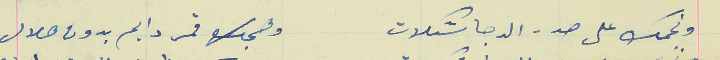
ونجمك على صدر الدجا شكلات                                وهجك قمر دايم بدون هلال